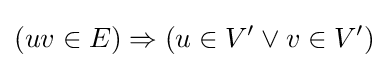
(uv\in E)\Rightarrow (u\in V'\lor v\in V')